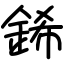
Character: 䤭